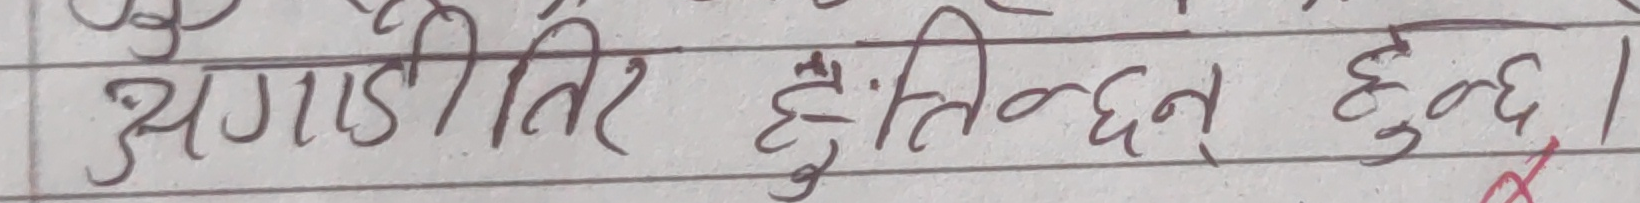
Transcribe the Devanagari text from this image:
अगाडीतिर हुन्छ।